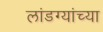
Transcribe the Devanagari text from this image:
लांडग्यांच्या